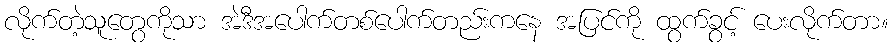
လိုက်တဲ့သူတွေကိုသာ အဲဒီအပေါက်တစ်ပေါက်တည်းကနေ အပြင်ကို ထွက်ခွင့် ပေးလိုက်တာ။